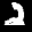
Label: 2